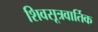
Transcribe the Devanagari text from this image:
शिवसूत्रवार्तिक